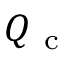
Q _ { \mathrm { ~ c ~ } }